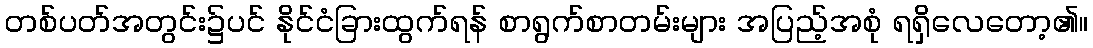
တစ်ပတ်အတွင်း၌ပင် နိုင်ငံခြားထွက်ရန် စာရွက်စာတမ်းများ အပြည့်အစုံ ရရှိလေတော့၏။